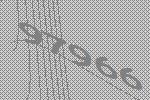
97966